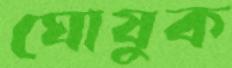
ঘোষুক